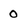
Character: 0